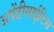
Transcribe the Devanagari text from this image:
अपेंडीसाईटिस